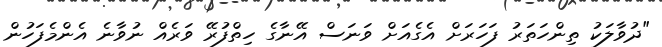
"ދުވާލަކު ތިންހަތަރު ފަހަރަށް އެގެއަށް ވަަނަސް އޭނާގެ ހިތްފުރޭ ވަރެއް ނުވާނެ އެންމެފަހުން